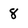
Character: 8